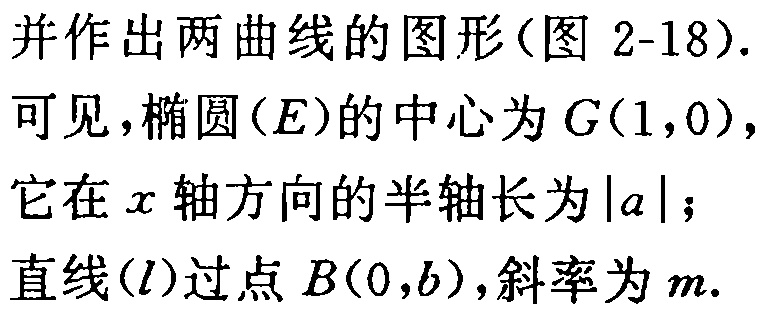
并作出两曲线的图形(图 2-18).
可见，椭圆\((E)\)的中心为\(G(1,0)\)，
它在\(x\)轴方向的半轴长为\(\vert a\vert\)；
直线\((l)\)过点\(B(0,b)\)，斜率为\(m\).